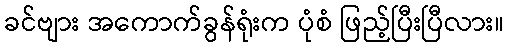
ခင်ဗျား အကောက်ခွန်ရုံးက ပုံစံ ဖြည့်ပြီးပြီလား။